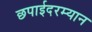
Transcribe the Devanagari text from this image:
छपाईदरम्यान